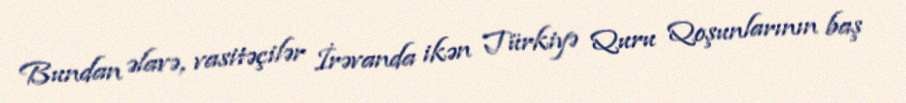
Bundan əlavə, vasitəçilər İrəvanda ikən Türkiyə Quru Qoşunlarının baş